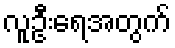
လူဦးရေအတွက်